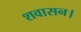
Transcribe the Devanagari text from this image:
शवासन।